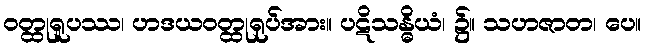
ဝတ္ထုရူပဿ၊ ဟဒယဝတ္ထုရုပ်အား။ ပဋိသန္ဓိယံ၊ ၌။ သဟဇာတ၊ ပေ။